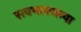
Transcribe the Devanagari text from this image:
सवभावजन्या